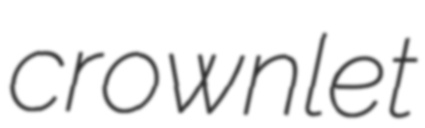
crownlet